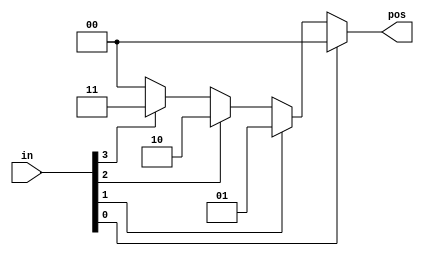
//A priority encoder is a combinational circuit that, when given an input bit vector,
//outputs the position of the first 1 bit in the vector. For example, 
//a 8-bit priority encoder given the input 8'b10010000 would output 3'd4, because bit[4] is first bit that is high.
//Build a 4-bit priority encoder. For this problem, if none of the input bits are high 
//(i.e., input is zero), output zero. Note that a 4-bit number has 16 possible combinations.

// synthesis verilog_input_version verilog_2001
module top_module (
    input [3:0] in,
    output reg [1:0] pos  );
    
    always @(*) begin
        casex (in)
            4'bxxx1: pos = 0;
            4'bxx1x: pos = 1;
            4'bx1xx: pos = 2;
            4'b1xxx: pos = 3;
            default: pos = 0;
        endcase
    end
endmodule